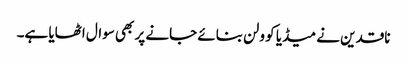
ناقدین نے میڈیا کو ولن بنائے جانے پر بھی سوال اٹھایا ہے۔